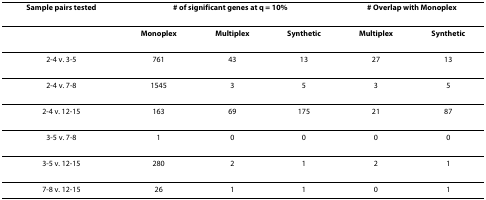
| Sample pairs tested | <COLSPAN=3> # of significant genes at q = 10% | <COLSPAN=2> # Overlap with Monoplex |
 | --- | --- | --- | --- | --- | --- |
 |  | Monoplex | Multiplex | Synthetic | Multiplex | Synthetic |
 | 2-4 v. 3-5 | 761 | 43 | 13 | 27 | 13 |
 | 2-4 v. 7-8 | 1545 | 3 | 5 | 3 | 5 |
 | 2-4 v. 12-15 | 163 | 69 | 175 | 21 | 87 |
 | 3-5 v. 7-8 | 1 | 0 | 0 | 0 | 0 |
 | 3-5 v. 12-15 | 280 | 2 | 1 | 2 | 1 |
 | 7-8 v. 12-15 | 26 | 1 | 1 | 0 | 1 |